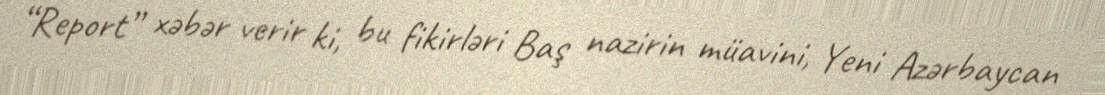
“Report” xəbər verir ki, bu fikirləri Baş nazirin müavini, Yeni Azərbaycan